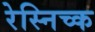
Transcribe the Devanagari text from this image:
रेस्निच्क